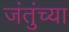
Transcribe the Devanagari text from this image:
जंतुंच्या